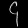
Digit: ၄